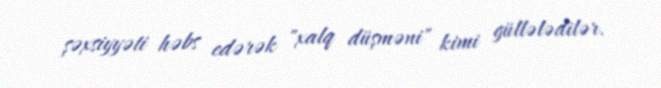
şəxsiyyəti həbs edərək "xalq düşməni" kimi güllələdilər.